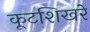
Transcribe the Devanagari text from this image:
कूटशिखरे